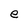
Character: e